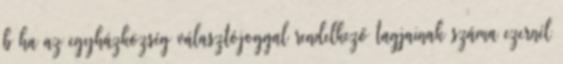
b ha az egyházközség választójoggal rendelkező tagjainak száma ezernél